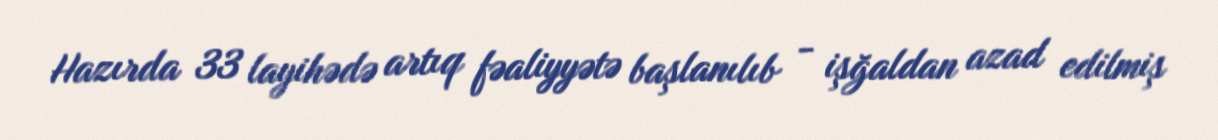
Hazırda 33 layihədə artıq fəaliyyətə başlanılıb - işğaldan azad edilmiş